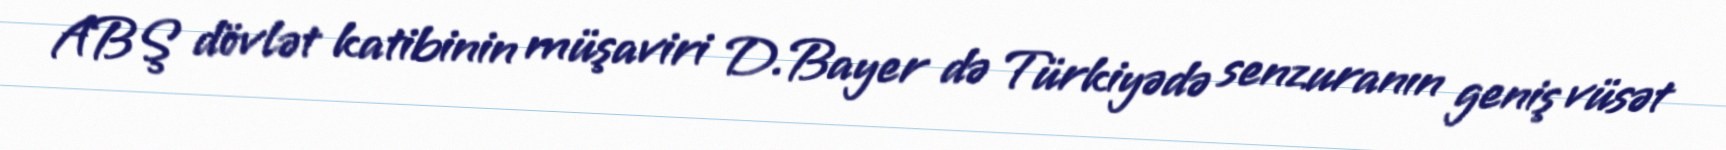
ABŞ dövlət katibinin müşaviri D.Bayer də Türkiyədə senzuranın geniş vüsət